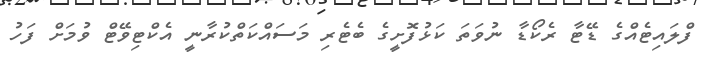
ފްލައިޓެއްގެ ޑޭޓާ ރެކޯޑާ ނުވަތަ ކަޅުފޮށީގެ ބެޓެރި މަސައްކަތްކުރާނީ އެކްޓިވޭޓް ވުމަށް ފަހު